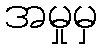
အမှုမှ